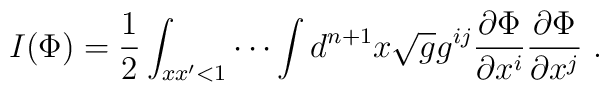
I(\Phi)=\frac{1}{2}\int_{xx'<1}\cdots\int d^{n+1}x\sqrt{g}g^{ij}\frac{\partial\Phi}{\partial x^i}\frac{\partial\Phi}{\partial x^j}~.